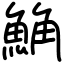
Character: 𩷛